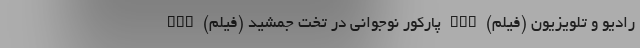
رادیو و تلویزیون (فیلم) nan پارکور نوجوانی در تخت جمشید (فیلم) nan